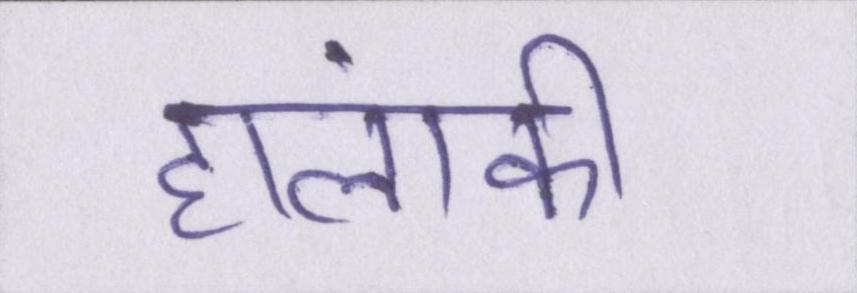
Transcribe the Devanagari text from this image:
हालांकी